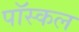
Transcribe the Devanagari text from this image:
पॉस्कल